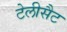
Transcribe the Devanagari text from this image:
टेलीसैट